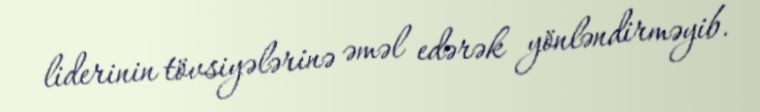
liderinin tövsiyələrinə əməl edərək yönləndirməyib.